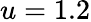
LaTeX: u=1.2